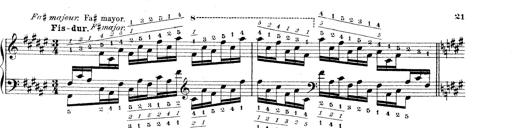
Title: Technische Studien
Composer: Franz Liszt